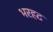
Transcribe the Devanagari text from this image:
भरहट